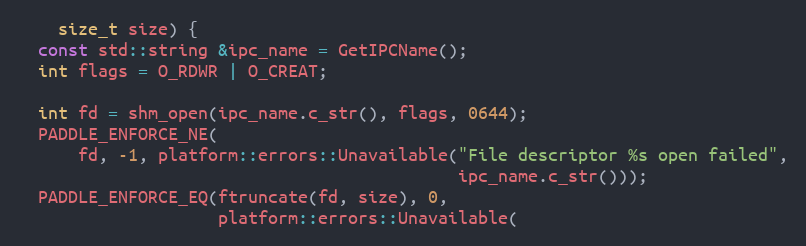
Language: C++
    size_t size) {
  const std::string &ipc_name = GetIPCName();
  int flags = O_RDWR | O_CREAT;

  int fd = shm_open(ipc_name.c_str(), flags, 0644);
  PADDLE_ENFORCE_NE(
      fd, -1, platform::errors::Unavailable("File descriptor %s open failed",
                                            ipc_name.c_str()));
  PADDLE_ENFORCE_EQ(ftruncate(fd, size), 0,
                    platform::errors::Unavailable(